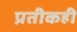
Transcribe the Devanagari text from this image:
प्रतीकही